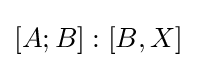
[A;B]:[B,X]\,\!